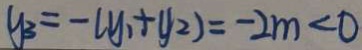
y _ { 3 } = - ( y _ { 1 } + y _ { 2 } ) = - 2 m < 0